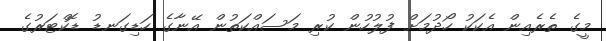
މީގެ ތެރެއިން އެކަކު ހޯދުމަށް ފުލުހުން ކުރި މަސައްކަތުން އޭނާގެ ހަޑިގަނޑު ޑޮކްޓަރުގެ